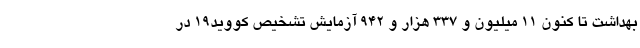
بهداشت تا کنون ۱۱ میلیون و ۳۳۷ هزار و ۹۴۲ آزمایش تشخیص کووید۱۹ در